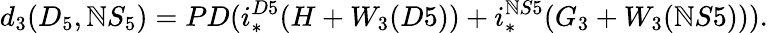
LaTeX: d_{3}(D_{5},\mathbb{N}S_{5})=PD(i_{*}^{D5}(H+W_{3}(D5))+i_{*}^{\mathbb{N}S5}(G_{3}+W_{3}(\mathbb{N}S5))).